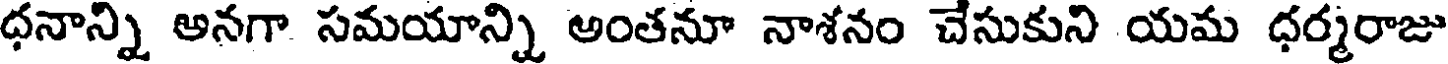
ధనాన్ని అనగా సమయాన్ని అంతనూ నాశనం చేసుకుని యమ ధర్మరాజు